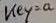
Text: Key=a